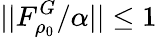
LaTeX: ||F_{\rho_{0}}^{G}/\alpha||\leq 1